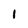
Character: 1